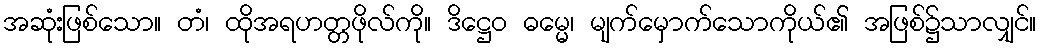
အဆုံးဖြစ်သော။ တံ၊ ထိုအရဟတ္တဖိုလ်ကို။ ဒိဋ္ဌေဝ ဓမ္မေ၊ မျက်မှောက်သောကိုယ်၏ အဖြစ်၌သာလျှင်။